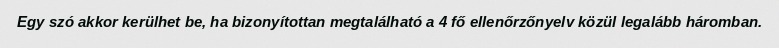
Egy szó akkor kerülhet be, ha bizonyítottan megtalálható a 4 fő ellenőrzőnyelv közül legalább háromban.